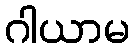
ဂါယာမ